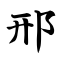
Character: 邢